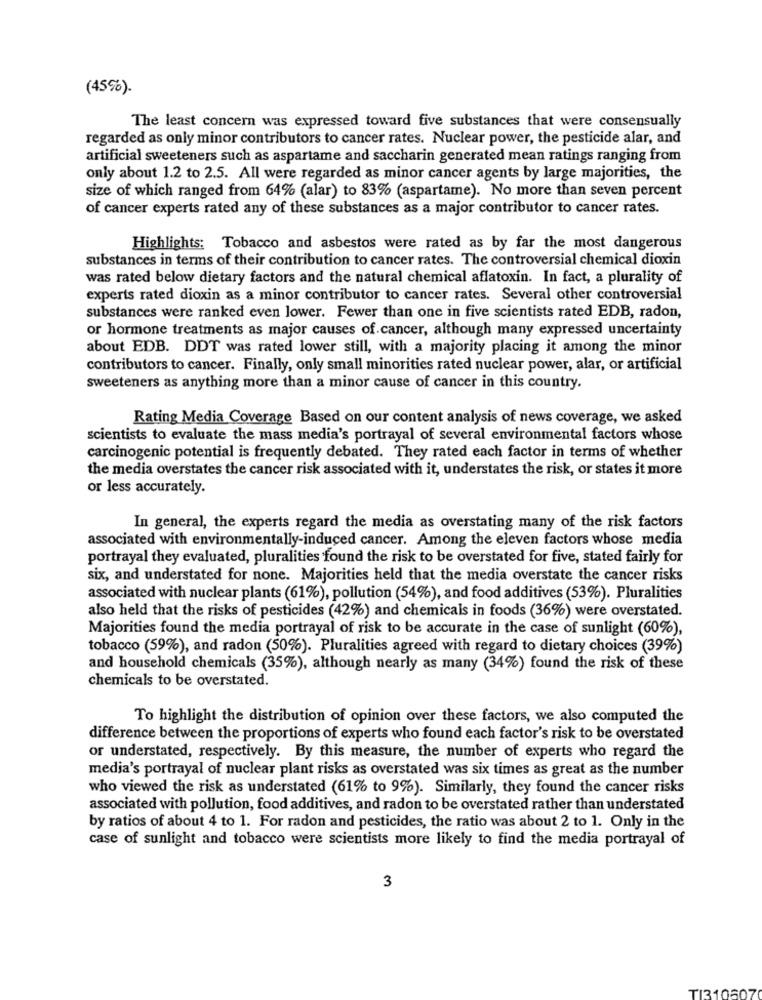
(45%).
The least concern was expressed toward five substances that were consensually
regarded as only minor contributors to cancer rates. Nuclear power, the pesticide alar, and
artificial sweeteners such as aspartame and saccharin generated mean ratings ranging from
only about 1.2 to 2.5. All were regarded as minor cancer agents by large majorities, the
size of which ranged from 64% (alar) to 83% (aspartame). No more than seven percent
of cancer experts rated any of these substances as a major contributor to cancer rates.
Highlights: Tobacco and asbestos were rated as by far the most dangerous
substances in terms of their contribution to cancer rates. The controversial chemical dioxin
was rated below dietary factors and the natural chemical aflatoxin. In fact, a plurality of
experts rated dioxin as a minor contributor to cancer rates. Several other controversial
substances were ranked even lower. Fewer than one in five scientists rated EDB, radon,
or hormone treatments as major causes of cancer, although many expressed uncertainty
about EDB. DDT was rated lower still, with a majority placing it among the minor
contributors to cancer. Finally, only small minorities rated nuclear power, alar, or artificial
sweeteners as anything more than a minor cause of cancer in this country.
Rating Media Coverage Based on our content analysis of news coverage, we asked
scientists to evaluate the mass media's portrayal of several environmental factors whose
carcinogenic potential is frequently debated. They rated each factor in terms of whether
the media overstates the cancer risk associated with it, understates the risk, or states it more
or less accurately.
In general, the experts regard the media as overstating many of the risk factors
associated with environmentally-induced cancer. Among the eleven factors whose media
portrayal they evaluated, pluralities found the risk to be overstated for five, stated fairly for
six, and understated for none. Majorities held that the media overstate the cancer risks
associated with nuclear plants (61%), pollution (54%), and food additives (53%). Pluralities
also held that the risks of pesticides (42%) and chemicals in foods (36%) were overstated.
Majorities found the media portrayal of risk to be accurate in the case of sunlight (60%),
tobacco (59%), and radon (50%). Pluralities agreed with regard to dietary choices (39%)
and household chemicals (35%), although nearly as many (34%) found the risk of these
chemicals to be overstated.
To highlight the distribution of opinion over these factors, we also computed the
difference between the proportions of experts who found each factor's risk to be overstated
or understated, respectively. By this measure, the number of experts who regard the
media's portrayal of nuclear plant risks as overstated was six times as great as the number
who viewed the risk as understated (61% to 9%). Similarly, they found the cancer risks
associated with pollution, food additives, and radon to be overstated rather than understated
by ratios of about 4 to 1. For radon and pesticides, the ratio was about 2 to 1. Only in the
case of sunlight and tobacco were scientists more likely to find the media portrayal of
3
TI310507